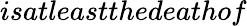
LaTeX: is\textit{atleast}thedeathof